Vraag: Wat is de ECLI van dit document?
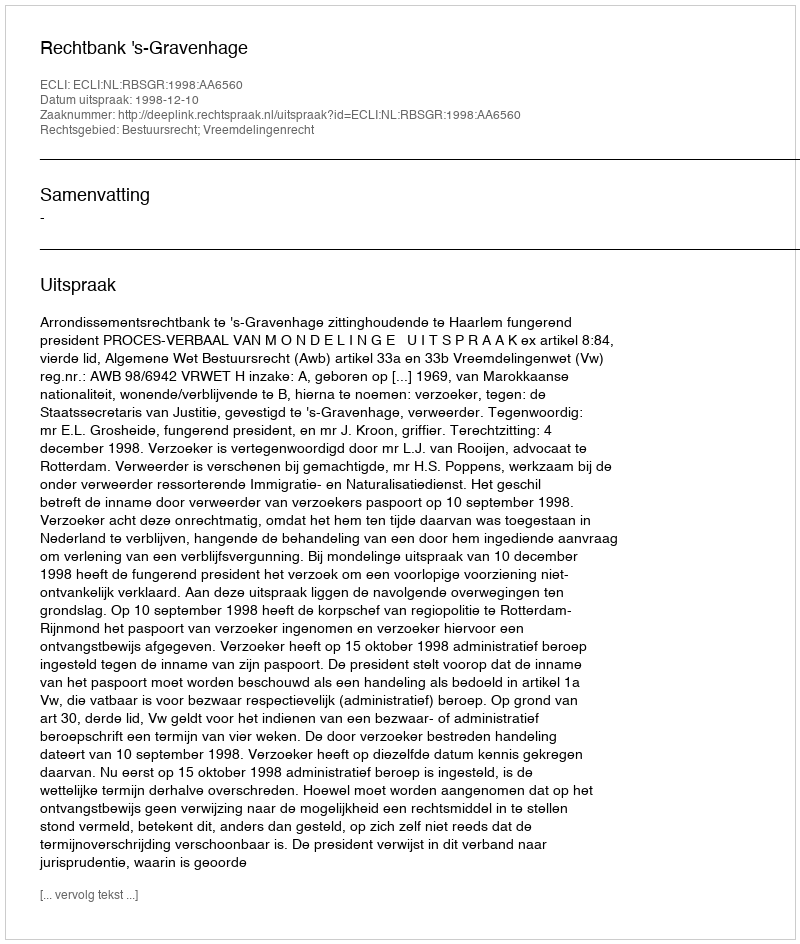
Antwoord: ECLI:NL:RBSGR:1998:AA6560